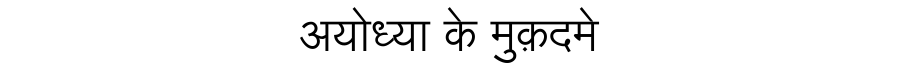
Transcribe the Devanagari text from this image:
अयोध्या के मुक़दमे